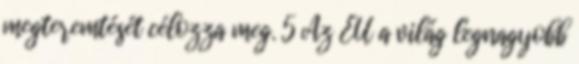
megteremtését célozza meg. 5 Az EU a világ legnagyobb